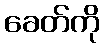
ခေတ်ကို